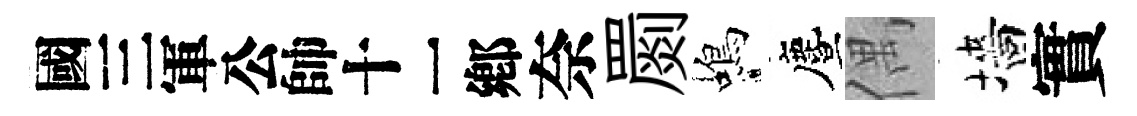
别奈罽蝎󵨌偶墻實